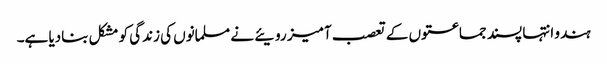
ہندو انتہا پسند جماعتوں کے تعصب آمیز رویئے نے مسلمانوں کی زندگی کو مشکل بنادیا ہے۔